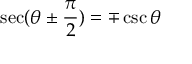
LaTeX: \sec ( \theta \pm { \frac { \pi } { 2 } } ) = \mp \csc \theta